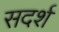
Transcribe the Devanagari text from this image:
सदर्श